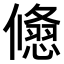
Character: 𠐃